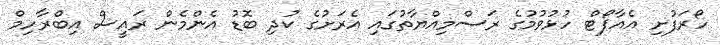
ހޯރަފުށި އެއާޕޯޓް ހުޅުވުމުގެ ރަސްމިއްޔާތުގައި އެރަށުގެ ކުދި ބޮޑު އެންމެން ރައީސް އިބްރާހިމް